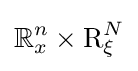
\mathbb {R} _{x}^{n}\times \mathrm {R} _{\xi }^{N}